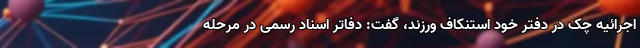
اجرائیه چک در دفتر خود استنکاف ورزند، گفت: دفاتر اسناد رسمی در مرحله